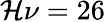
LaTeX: \mathcal{H}\nu=26